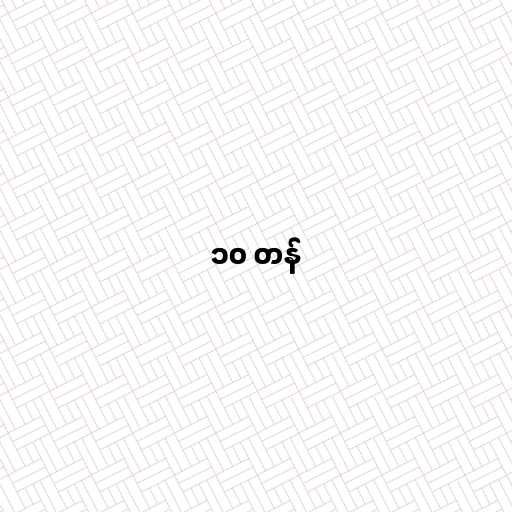
၁၀ တန်